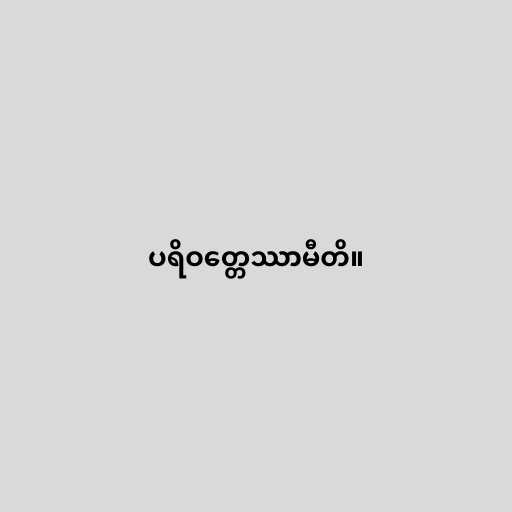
ပရိဝတ္တေဿာမီတိ။